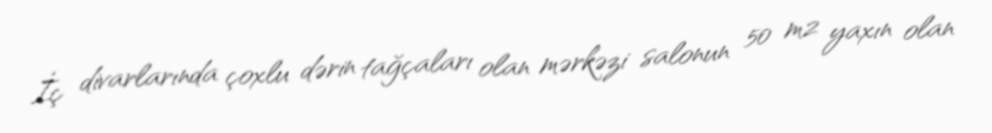
İç divarlarında çoxlu dərin tağçaları olan mərkəzi salonun 50 m2 yaxın olan